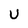
Character: U